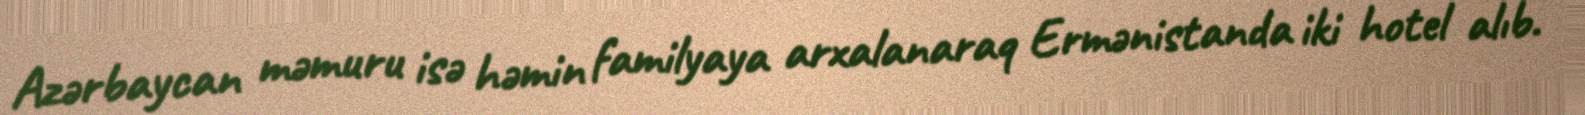
Azərbaycan məmuru isə həmin familyaya arxalanaraq Ermənistanda iki hotel alıb.